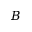
B